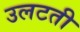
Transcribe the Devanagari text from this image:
उलटती